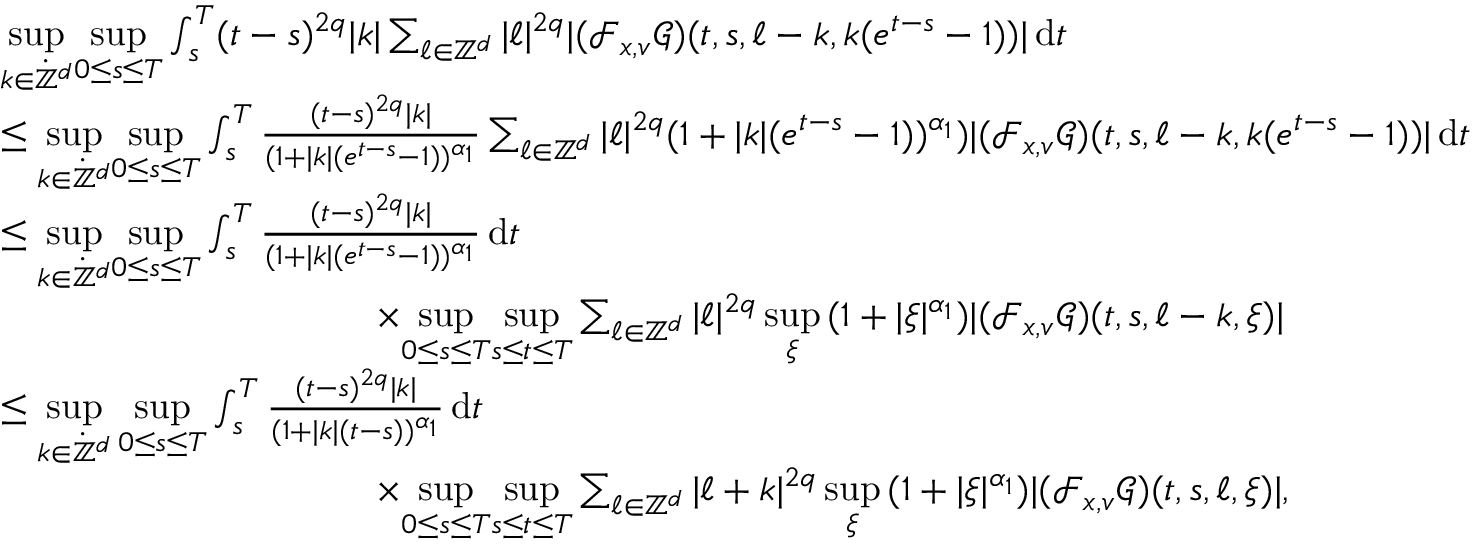
\begin{array} { r l } & { \underset { k \in \dot { \mathbb Z } ^ { d } } { \operatorname* { s u p } } \underset { 0 \leq s \leq T } { \operatorname* { s u p } } \int _ { s } ^ { T } ( t - s ) ^ { 2 q } \vert k \vert \sum _ { \ell \in \mathbb Z ^ { d } } \vert \ell \vert ^ { 2 q } \vert ( \mathcal { F } _ { x , v } \mathcal { G } ) ( t , s , \ell - k , k ( e ^ { t - s } - 1 ) ) \vert \, \mathrm { d } t } \\ & { \leq \underset { k \in \dot { \mathbb Z } ^ { d } } { \operatorname* { s u p } } \underset { 0 \leq s \leq T } { \operatorname* { s u p } } \int _ { s } ^ { T } \frac { ( t - s ) ^ { 2 q } \vert k \vert } { ( 1 + \vert k \vert ( e ^ { t - s } - 1 ) ) ^ { \alpha _ { 1 } } } \sum _ { \ell \in \mathbb Z ^ { d } } \vert \ell \vert ^ { 2 q } ( 1 + \vert k \vert ( e ^ { t - s } - 1 ) ) ^ { \alpha _ { 1 } } ) \vert ( \mathcal { F } _ { x , v } \mathcal { G } ) ( t , s , \ell - k , k ( e ^ { t - s } - 1 ) ) \vert \, \mathrm { d } t } \\ & { \leq \underset { k \in \dot { \mathbb Z } ^ { d } } { \operatorname* { s u p } } \underset { 0 \leq s \leq T } { \operatorname* { s u p } } \int _ { s } ^ { T } \frac { ( t - s ) ^ { 2 q } \vert k \vert } { ( 1 + \vert k \vert ( e ^ { t - s } - 1 ) ) ^ { \alpha _ { 1 } } } \, \mathrm { d } t } \\ & { \qquad \qquad \qquad \qquad \qquad \times \underset { 0 \leq s \leq T } { \operatorname* { s u p } } \underset { s \leq t \leq T } { \operatorname* { s u p } } \sum _ { \ell \in \mathbb Z ^ { d } } \vert \ell \vert ^ { 2 q } \, \underset { \xi } { \operatorname* { s u p } } \, ( 1 + \vert \xi \vert ^ { \alpha _ { 1 } } ) \vert ( \mathcal { F } _ { x , v } \mathcal { G } ) ( t , s , \ell - k , \xi ) \vert } \\ & { \leq \underset { k \in \dot { \mathbb Z } ^ { d } } { \operatorname* { s u p } } \, \underset { 0 \leq s \leq T } { \operatorname* { s u p } } \int _ { s } ^ { T } \frac { ( t - s ) ^ { 2 q } \vert k \vert } { ( 1 + \vert k \vert ( t - s ) ) ^ { \alpha _ { 1 } } } \, \mathrm { d } t } \\ & { \qquad \qquad \qquad \qquad \qquad \times \underset { 0 \leq s \leq T } { \operatorname* { s u p } } \underset { s \leq t \leq T } { \operatorname* { s u p } } \sum _ { \ell \in \mathbb Z ^ { d } } \vert \ell + k \vert ^ { 2 q } \, \underset { \xi } { \operatorname* { s u p } } \, ( 1 + \vert \xi \vert ^ { \alpha _ { 1 } } ) \vert ( \mathcal { F } _ { x , v } \mathcal { G } ) ( t , s , \ell , \xi ) \vert , } \end{array}